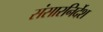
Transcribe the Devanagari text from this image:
संसारनिर्देश